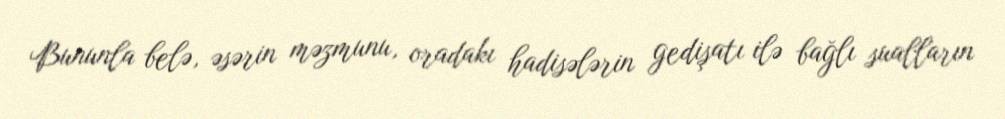
Bununla belə, əsərin məzmunu, oradakı hadisələrin gedişatı ilə bağlı sualların